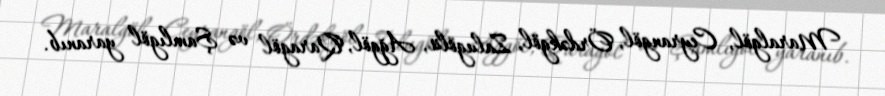
Maralgöl, Ceyrangöl, Ördəkgöl, Zalugölü, Ağgöl, Qaragöl və Şamlıgöl yaranıb.